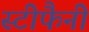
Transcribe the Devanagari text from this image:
स्टीफैनी